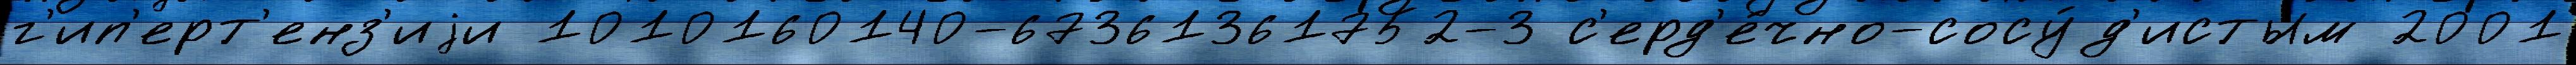
г'ип'ерт'енз'иjи 1010160140-67361361752-3 с'ерд'е́чно-сосу́д'истым 2001